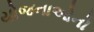
યોજનાઓનો